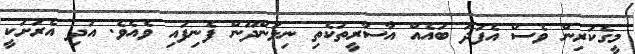
މީގެކުރިން ވެސް އެފަދަ ބައެއް އާސާރީތަކެތި ނިލަންދޫން ފެނިފައި ވެއެވެ. އަދި އެރަށަކީ